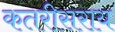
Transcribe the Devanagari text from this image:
कतरीसराय